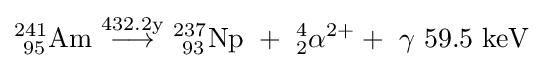
\mathrm {^{241\!\,}_{\ 95}Am\ {\overset {432.2y}{\longrightarrow }}\ _{\ 93}^{237}Np\ +\ _{2}^{4}\alpha ^{2+}+\ \gamma ~59.5~keV}